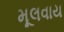
મૂલવાય